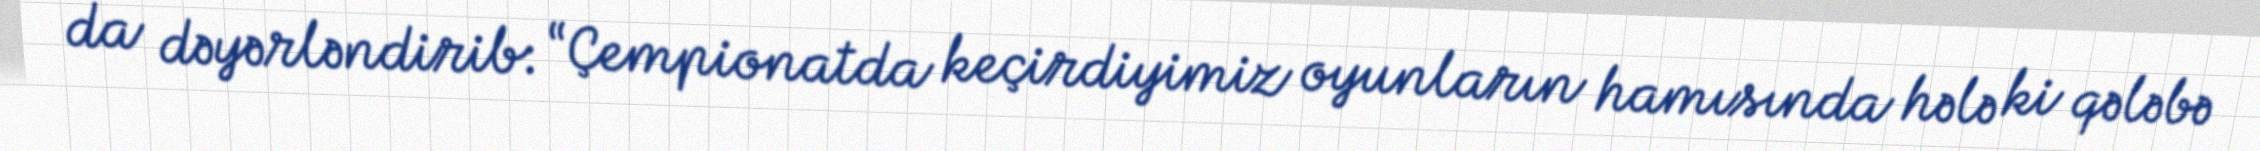
da dəyərləndirib: “Çempionatda keçirdiyimiz oyunların hamısında hələ ki qələbə